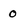
Character: 0